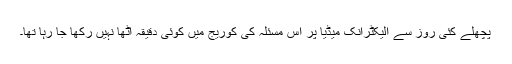
پچھلے کئی روز سے الیکٹرانک میڈیا پر اس مسئلہ کی کوریج میں کوئی دقیقہ اٹھا نہیں رکھا جا رہا تھا۔